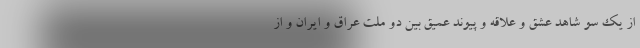
از یک سو شاهد عشق و علاقه و پیوند عمیق بین دو ملت عراق و ایران و از